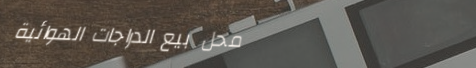
محل بيع الدراجات الهوائية